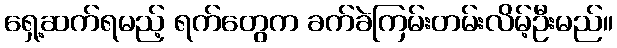
ရှေ့ဆက်ရမည့် ရက်တွေက ခက်ခဲကြမ်းတမ်းလိမ့်ဦးမည်။